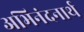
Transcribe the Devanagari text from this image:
अभिनंदनार्थ